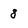
Character: 8